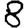
Digit: 8